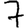
Digit: 7